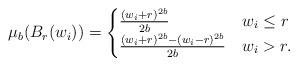
LaTeX: \begin{align*}\mu_b(B_r(w_i)) = \begin{cases} \frac{(w_i+r)^{2b}}{2b}&w_i\leq r \\ \frac{(w_i+r)^{2b}-(w_i-r)^{2b}}{2b}&w_i> r. \end{cases}\end{align*}